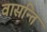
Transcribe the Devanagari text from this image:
वासन्ति